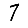
Digit: 7